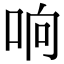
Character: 响